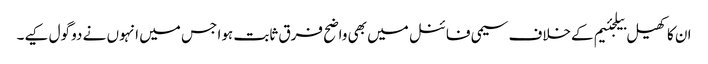
ان کا کھیل بیلجئیم کےخلاف سیمی فائنل میں بھی واضح فرق ثابت ہوا جس میں انہوں نے دو گول کیے۔